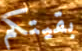
بقيتكم